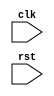
module for_loop_example(
    input clk,
    input rst
);
    
    reg [31:0] counter;
    
    always @(posedge clk or negedge rst) begin
        if (rst) begin
            counter <= 0;
        end else begin
            for (counter = 0; counter < 10; counter = counter + 1) begin
                // Insert code block or statements to be iterated here
                // For example:
                // assign out = in1 + in2; 
            end
        end
    end
    
endmodule